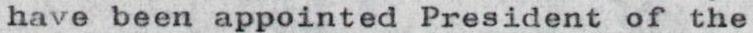
have been appointed President of the